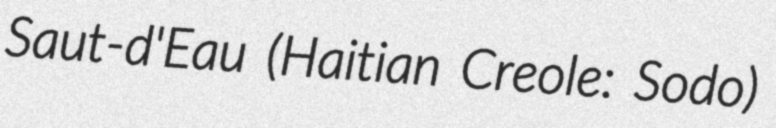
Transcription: Saut-d'Eau (Haitian Creole: Sodo)